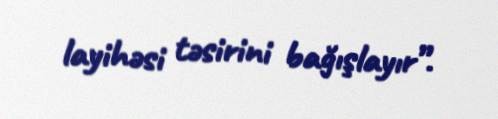
layihəsi təsirini bağışlayır”.